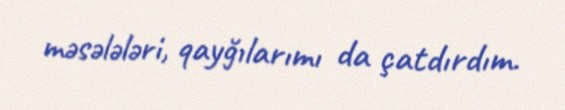
məsələləri, qayğılarımı da çatdırdım.